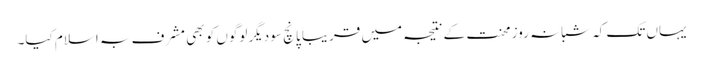
یہاں تک کہ شبانہ روز محنت کے نتیجہ میں قریباً پانچ سو دیگر لوگوں کو بھی مشرف بہ اسلام کیا۔